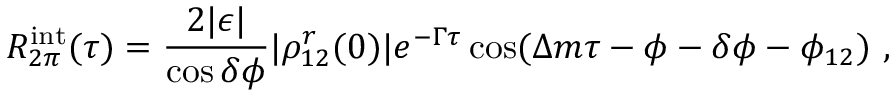
R _ { 2 \pi } ^ { \mathrm { i n t } } ( \tau ) = { \frac { 2 | \epsilon | } { \cos \delta \phi } } | \rho _ { 1 2 } ^ { r } ( 0 ) | e ^ { - \Gamma \tau } \cos ( \Delta m \tau - \phi - \delta \phi - \phi _ { 1 2 } ) \ ,